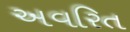
અવરિત